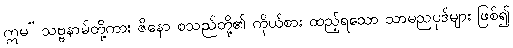
ဣမ” သဗ္ဗနာမ်တို့ကား ဇိနော စသည်တို့၏ ကိုယ်စား ထည့်ရသော သာမညပုဒ်များ ဖြစ်၍